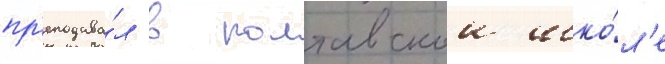
пр'еподава́л в полтавскои шко́л'е